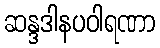
ဆန္ဒဒါနပဝါရဏာ